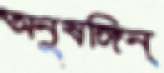
অনুষঙ্গিন্